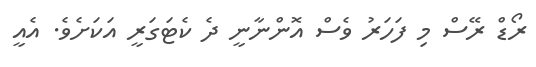
ރޯޑް ރޭސް މި ފަހަރު ވެސް އޮންނާނީ ދެ ކެޓަގަރީ އަކަށެވެ. އެއީ